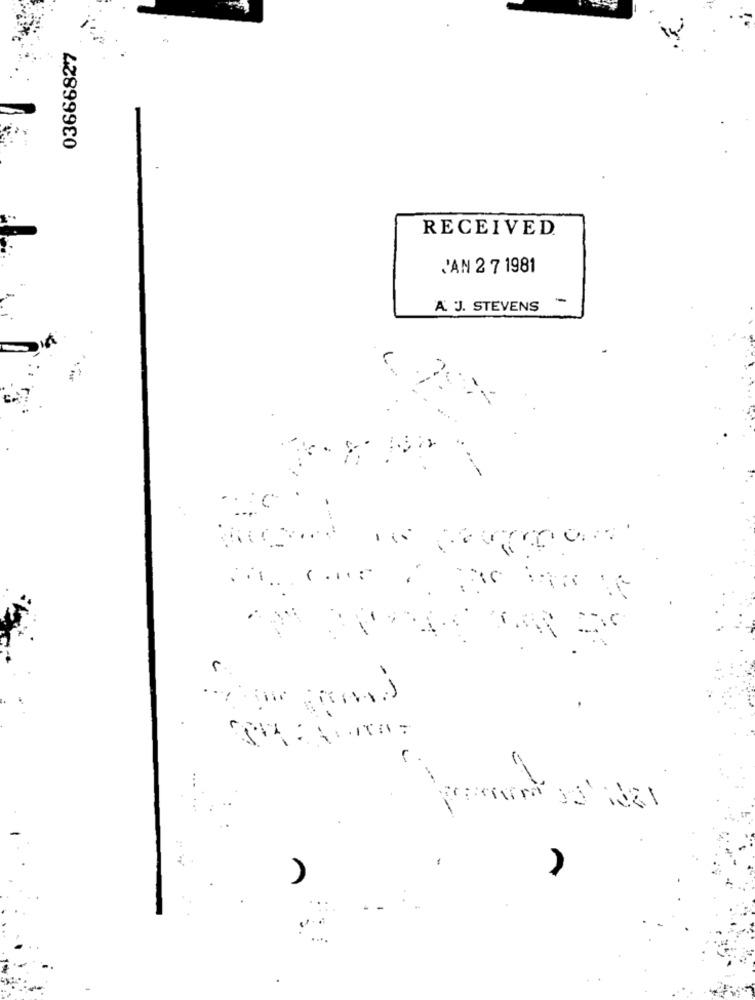
03666827
RECEIVED
J'AN 2 7 1981
-
A J. STEVENS